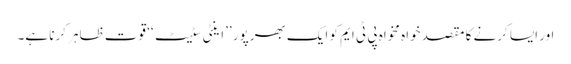
اور ایسا کرنے کا مقصد خواہ مخواہ پی ٹی ایم کو ایک بھرپور ’’اینٹی سٹیٹ‘‘ قوت ظاہر کرنا ہے۔